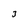
Character: 3